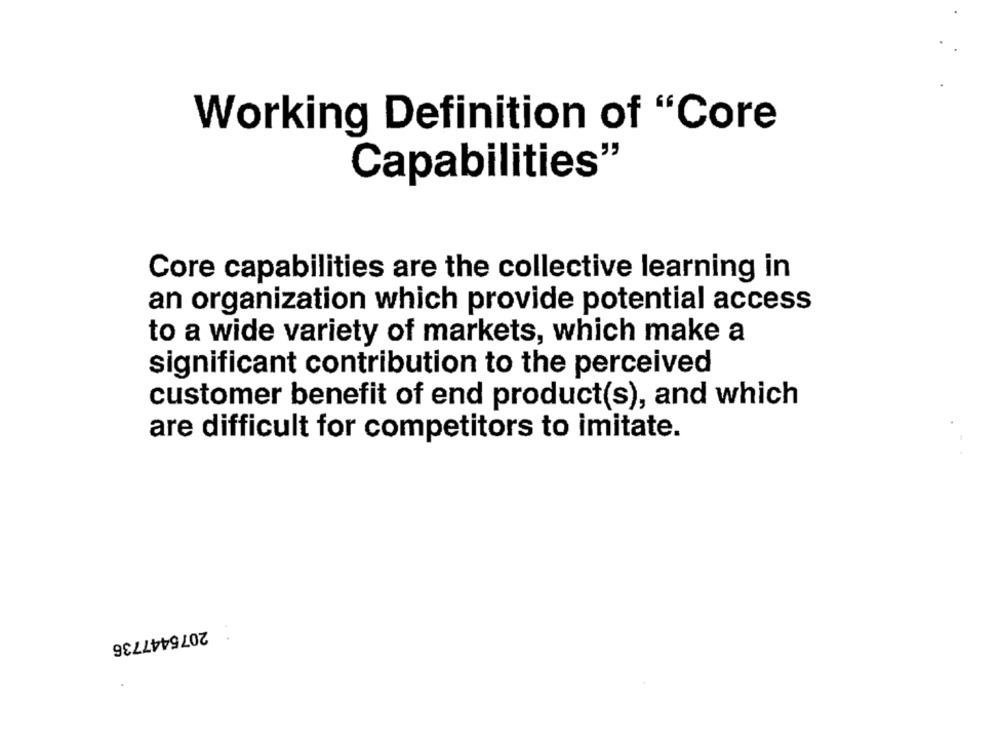
Working Definition of "Core
Capabilities"
Core capabilities are the collective learning in
an organization which provide potential access
to a wide variety of markets, which make a
significant contribution to the perceived
customer benefit of end product(s), and which
are difficult for competitors to imitate.
2075447736